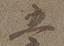
五